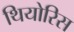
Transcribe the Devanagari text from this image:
थियोरिस